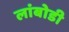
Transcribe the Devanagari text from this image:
लांबोडी